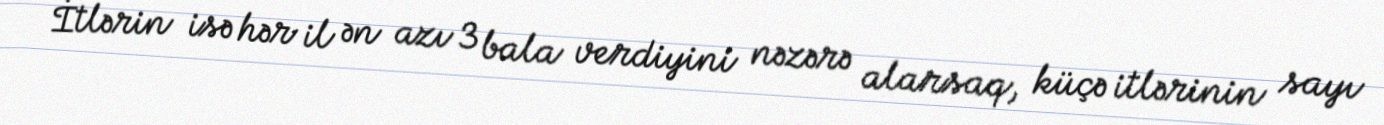
İtlərin isə hər il ən azı 3 bala verdiyini nəzərə alarsaq, küçə itlərinin sayı